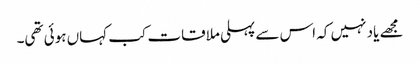
مجھے یاد نہیں کہ اس سے پہلی ملاقات کب کہاں ہوئی تھی۔